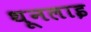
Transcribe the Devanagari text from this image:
थूनलाइ